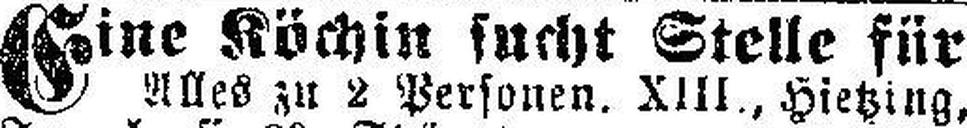
Eine Köchin sucht Stelle für